Civil Veterinary Dept. Bombay admin report 1914-1922 - 1914-1922
Year: 1914
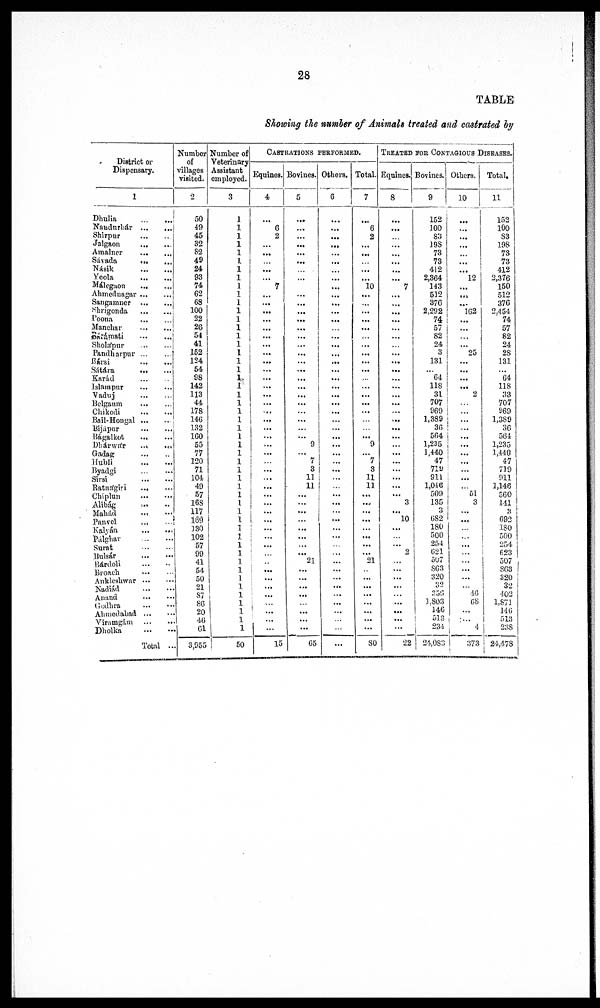
28
TABLE
Showing the number of Animals treated and castrated by
District or
Dispensary.
1
Dhulia
...
...
Nandurbár
...
...
Shirpur
...
...
Jalgaon
...
...
Amalner
...
...
Sávada ... ...
Násik
...
...
Yeola
...
...
Málegaon
...
...
Ahmednagar ... ...
Sangamner
...
...
Shrigonda
...
...
Poona
...
...
Manchar
...
...
Bárámati
...
...
Sholápur ... ...
Pandharpur
...
...
Bársi
...
...
Sátára ... ...
Karád
...
...
Islampur
...
...
Vaduj
...
...
Belgaum
...
...
Chikodi
...
...
Bail-Hongal ... ...
Bijápur
...
...
Bágalkot
...
...
Dhárwár
...
...
Gadag
...
...
Hubli
...
...
Byadgi
...
...
Sirsi ... ...
Ratnágiri
... ...
Chiplun
...
...
Alibág ... ...
Mahád ... ...
Panvel
...
...
Kalyán
...
...
Pálghar
...
...
Surat
...
...
Bulsár
...
...
Bárdoli ... ...
Broach
...
...
Ankleshwar
...
...
Nadiád
...
...
Anand
...
...
Godhra ... ...
Ahmedabad
...
...
Viramgám
...
...
Dholka
...
...
Total ...
Number
of
villages
visited.
2
50
49
45
32
82
49
24
93
74
62
68
100
22
26
54
41
152
124
54
98
142
113
44
178
146
132
160
55
77
120
71
104
49
57
168
117
169
130
102
57
99
41 54
50
21
87 86
20
46
61
3,955
Number of
Veterinary
Assistant
employed.
3
1
1
1
1
1
1
1
1
1
1
1
1
1
1
1
1
1
1
1
1
1
1
1
1
1
1
1
1
1
1
1
1
1
1
1
1
1
1
1
1
1
1
1
1
1
1 1 1
1
1
50
CASTRATION PERFORMED.
Equines.
4
...
6
2
...
...
...
...
...
7
...
...
...
...
...
...
...
...
...
...
...
...
...
...
...
...
...
...
...
...
...
...
...
...
...
...
...
...
...
...
...
...
...
...
...
...
...
... ...
...
...
15
Bovines.
5
...
...
...
...
...
...
...
...
...
...
...
...
...
...
...
...
...
...
...
...
...
...
...
...
...
... 9
...
7
3
11
11
...
...
...
...
...
...
...
...
...
...
...
...
...
... ...
...
...
65
Others.
6
...
...
...
...
...
...
...
...
...
...
...
...
...
...
...
...
...
...
...
...
...
...
...
...
...
...
...
...
...
...
...
...
...
...
...
...
...
...
...
...
...
...
...
...
...
...
... ...
...
...
...
Total.
7
...
6 2
...
...
...
...
...
10
...
...
...
...
...
...
...
...
...
...
...
...
...
...
...
...
...
... 9
...
7
3
11
11
...
...
...
...
...
...
...
...
...
...
...
...
...
... ...
...
...
80
TREATED FOR CONTAGIOUS DISEASES.
Equines.
8
...
...
...
...
...
...
...
...
7
...
...
...
...
...
...
...
...
...
...
...
...
...
...
...
...
...
...
...
...
...
...
...
...
...
3
... 10
...
...
...
...
...
...
...
...
...
... ...
...
...
22
Bovines.
9
152
100
83
198
73
73
412
2,364
143
512
376
2,292
74
57
82
24
3
131
...
64
118
31
707
969
1,389
36
564
1,235
1,440
47
719
911
1,046
509
135
3
682
180
500
254
621
507
863 320
32
356
1,803
146
518
234
24,083
Others.
10
...
...
...
...
...
...
...
12
...
...
...
162
...
...
...
...
25
...
...
...
...
2
...
...
...
...
...
...
...
...
...
...
...
51
3
...
...
...
...
...
...
...
...
...
...
46
68
...
...
4
373
Total.
11
152
100
83
198
73
73
412
2,376
150
512
376
2,454
74
57
82
24
28
131
...
64
118
33
707
969
1,389
36
564
1,235
1,440
47
719
911
1,146
560
141
3
692
180
500
254
623
507
863 320
32
402 1,871
146
518
238
24,478